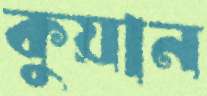
কুয়ান